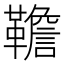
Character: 韂